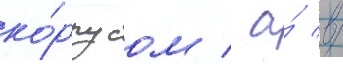
ко́рпусом / а́ в